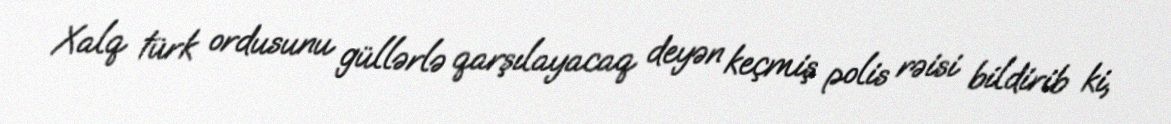
Xalq türk ordusunu güllərlə qarşılayacaq deyən keçmiş polis rəisi bildirib ki,